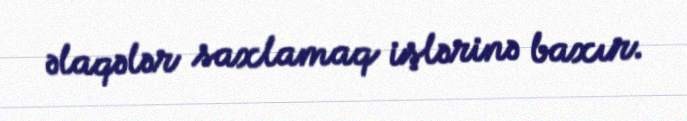
əlaqələr saxlamaq işlərinə baxır.